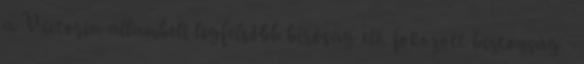
a Victoria állambeli legfelsőbb bíróság elé. fokozott biztonság